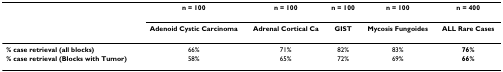
<table><thead><tr><td></td><td><b>n = 100</b></td><td><b>n = 100</b></td><td><b>n = 100</b></td><td><b>n = 100</b></td><td><b>n = 400</b></td></tr><tr><td></td><td><b>Adenoid Cystic Carcinoma</b></td><td><b>Adrenal Cortical Ca</b></td><td><b>GIST</b></td><td><b>Mycosis Fungoides</b></td><td><b>ALL Rare Cases</b></td></tr></thead><tbody><tr><td><b>% case retrieval (all blocks)</b></td><td>66%</td><td>71%</td><td>82%</td><td>83%</td><td><b>76%</b></td></tr><tr><td><b>% case retrieval (Blocks with Tumor)</b></td><td>58%</td><td>65%</td><td>72%</td><td>69%</td><td><b>66%</b></td></tr></tbody></table>